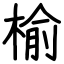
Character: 榆